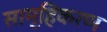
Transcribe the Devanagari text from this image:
सामूहिकरण